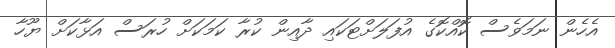
އެހެން ނަމަވެސް ކޮއްކޮގެ އުފަލަށްޓަކައި ދާއިން ކުރާ ކަމަކަށް ހުރަސް އަޅާކަށް ޔޫހާ